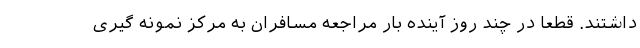
داشتند. قطعا در چند روز آینده بار مراجعه مسافران به مرکز نمونه گیری